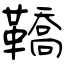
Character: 鞽